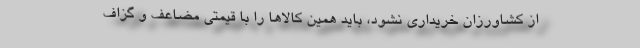
از کشاورزان خریداری نشود، باید همین کالاها را با قیمتی مضاعف و گزاف